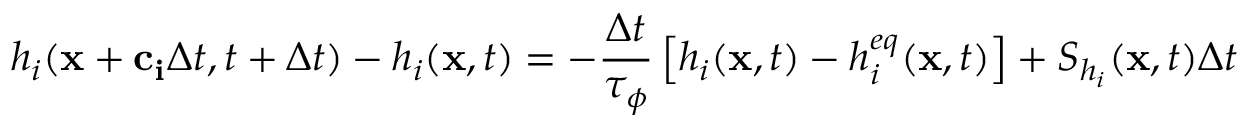
h _ { i } ( \mathbf { x } + \mathbf { c _ { i } } \Delta t , t + \Delta t ) - h _ { i } ( \mathbf { x } , t ) = - \frac { \Delta t } { \tau _ { \phi } } \left[ h _ { i } ( \mathbf { x } , t ) - h _ { i } ^ { e q } ( \mathbf { x } , t ) \right] + S _ { h _ { i } } ( \mathbf { x } , t ) \Delta t